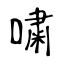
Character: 嘨